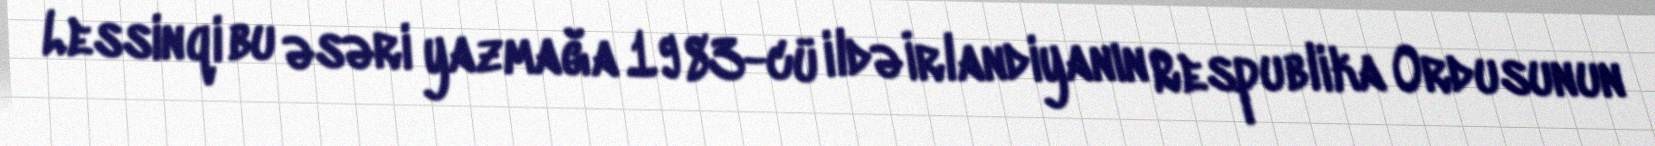
Lessinqi bu əsəri yazmağa 1983-cü ildə İrlandiyanın Respublika Ordusunun